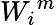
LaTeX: {W_{i}}^{m}